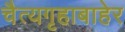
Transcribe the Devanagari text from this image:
चैत्यगृहाबाहेर